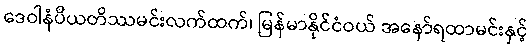
ဒေဝါနံပိယတိဿမင်းလက်ထက်၊ မြန်မာနိုင်ငံဝယ် အနော်ရထာမင်းနှင့်